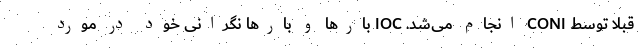
قبلاً توسط CONI انجام می‌شد. IOC بارها و بارها نگرانی خود در مورد